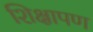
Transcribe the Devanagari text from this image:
शिक्षापण